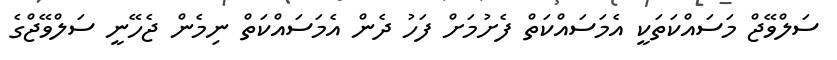
ސަލްވޭޖް މަސައްކަތަކީ އެމަސައްކަތް ފެށުމަށް ފަހު ދެން އެމަސައްކަތް ނިމެން ޖެހޭނީ ސަލްވޭޖްގެ